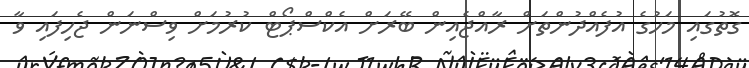
ގޮތުގައި މަހުގެ އުފެއްދުންތަށް ރާއްޖެއިން ބޭރަށް އެކްސްޕޯޓް ކުރުމަށް ވިސްނަން ޖެހިފައި ވާ